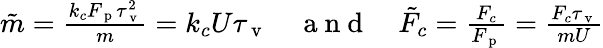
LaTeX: \begin{array}{r}{\tilde{m}=\frac{k_{c}F_{\mathrm{~p~}}\tau_{\mathrm{~v~}}^{2}}{m}=k_{c}U\tau_{\mathrm{~v~}}\quad\mathrm{~a~n~d~}\quad\tilde{F}_{c}=\frac{F_{c}}{F_{\mathrm{~p~}}}=\frac{F_{c}\tau_{\mathrm{~v~}}}{mU}}\end{array}